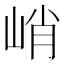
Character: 峭